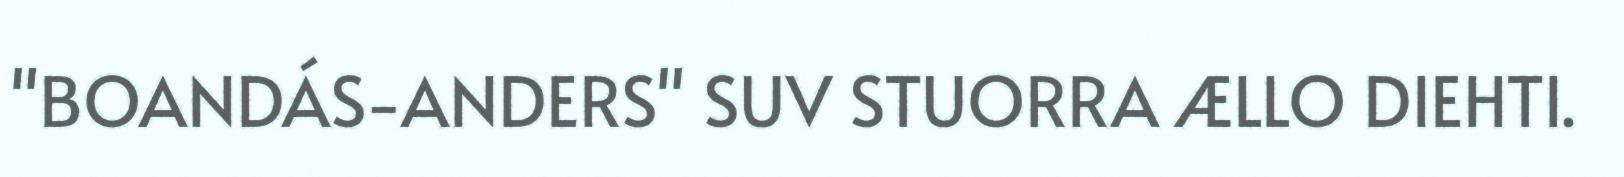
"BOANDÁS-ANDERS" SUV STUORRA ÆLLO DIEHTI.